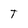
Character: T